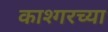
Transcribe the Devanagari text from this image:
काश्गरच्या